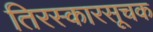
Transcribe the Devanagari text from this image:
तिरस्कारसूचक